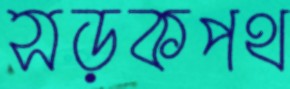
সড়কপথ